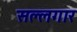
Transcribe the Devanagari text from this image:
सल्लगार